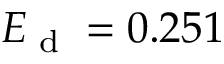
E _ { \textrm { d } } = 0 . 2 5 1